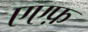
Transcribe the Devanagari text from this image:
एएफ़